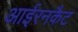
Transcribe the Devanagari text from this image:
आईरनकैट